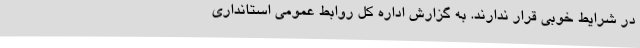
در شرایط خوبی قرار ندارند. به گزارش اداره کل روابط عمومی استانداری